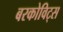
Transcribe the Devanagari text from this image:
बरकोविट्स